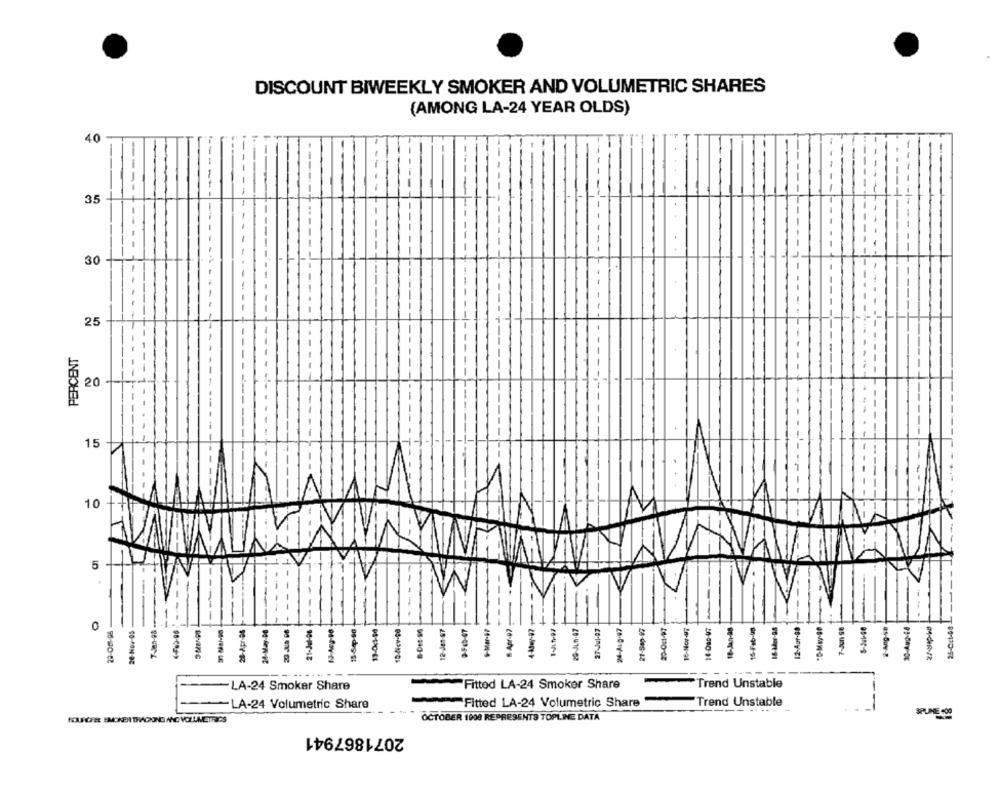
DISCOUNT BIWEEKLY SMOKER AND VOLUMETRIC SHARES
(AMONG LA-24 YEAR OLDS)
40
35
30
25
PERCENT
20 -
15
10
5
-
--
25-Cct-08
0
22-Om-05
20-Now-05
24-May-08
15-Sep-86
104cv-58
12-Jet-67
29-JL0-47
27-Jul-07
16-Nor47
12-Auf-88
-
26-086-12
14-130-08
-LA-24 Smoker Share
Fitted LA-24 Smoker Share
Trend Unstable
-
-LA-24 Volumetric Share
Fitted LA-24 Volumetric Share
-
Trend Unstable
FCARCERE EMOKENITRACING AND VOLUMETRICS
OCTOBER 1900 REPRESENTS TOPLINE DATA
SPUME COR
2071867941